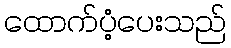
ထောက်ပံ့ပေးသည်